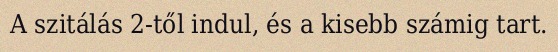
A szitálás 2-től indul, és a kisebb számig tart.